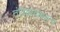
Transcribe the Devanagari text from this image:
तंत्रिकादाबजन्य